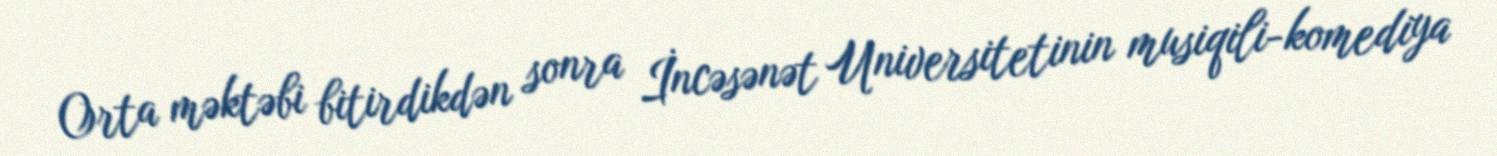
Orta məktəbi bitirdikdən sonra İncəsənət Universitetinin musiqili-komediya